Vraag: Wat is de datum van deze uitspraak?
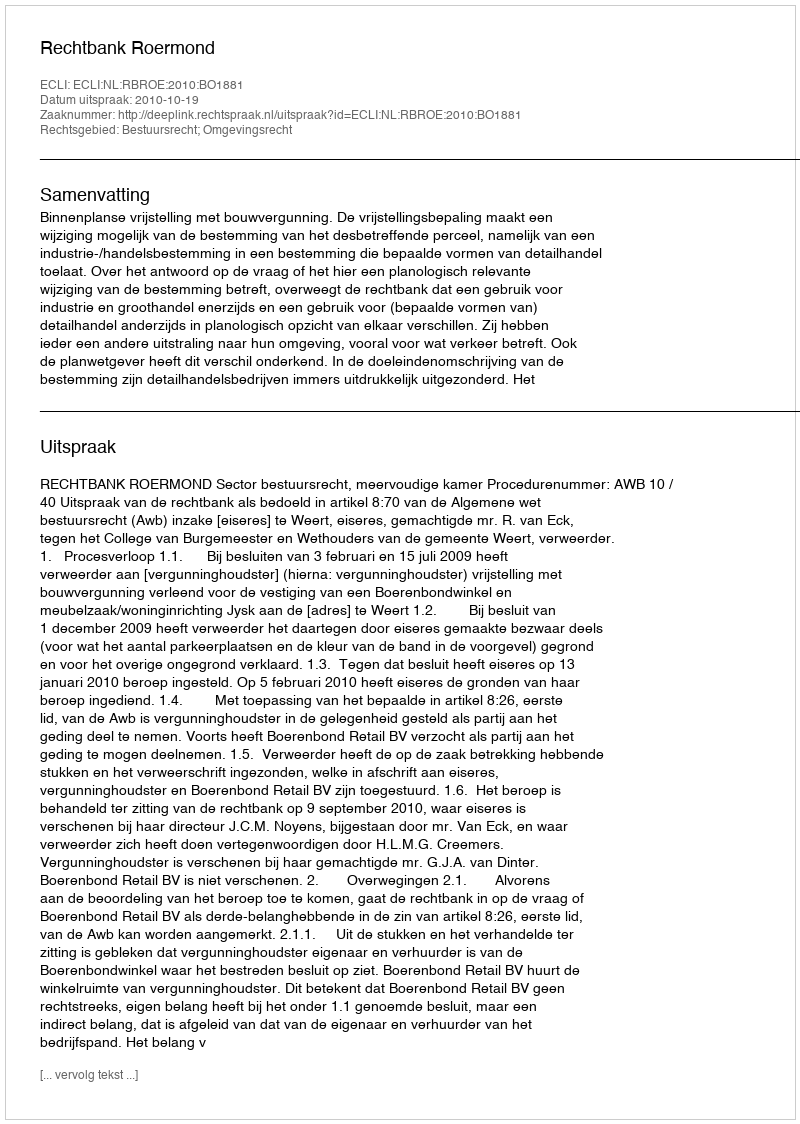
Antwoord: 2010-10-19